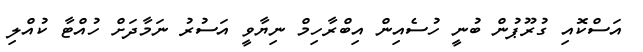
އަސްކޮއި ގުރޫޕުން ބުނީ ހުސެއިން އިބްރާހިމް ނިޔާވީ އަސުރު ނަމާދަށް ހުއްޓާ ކުއްލި